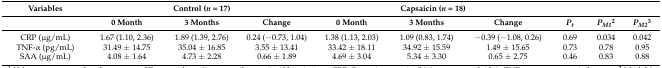
<table><thead><tr><td><b>Variables</b></td><td colspan="3"><b>Control (<i>n</i> = 17)</b></td><td colspan="3"><b>Capsaicin (<i>n</i> = 18)</b></td><td></td><td></td><td></td></tr><tr><td></td><td><b>0 Month</b></td><td><b>3 Months</b></td><td><b>Change</b></td><td><b>0 Month</b></td><td><b>3 Months</b></td><td><b>Change</b></td><td><b><i>P<sub>t</sub></i></b></td><td><b><i>P<sub>M1</sub></i><sup>2</sup></b></td><td><b><i>P<sub>M2</sub></i><sup>3</sup></b></td></tr></thead><tbody><tr><td>CRP (μg/mL)</td><td>1.67 (1.10, 2.36)</td><td>1.89 (1.39, 2.76)</td><td>0.24 (−0.73, 1.04)</td><td>1.38 (1.13, 2.03)</td><td>1.09 (0.83, 1.74)</td><td>−0.39 (−1.08, 0.26)</td><td>0.69</td><td>0.034</td><td>0.042</td></tr><tr><td>TNF-α (pg/mL)</td><td>31.49 ± 14.75</td><td>35.04 ± 16.85</td><td>3.55 ± 13.41</td><td>33.42 ± 18.11</td><td>34.92 ± 15.59</td><td>1.49 ± 15.65</td><td>0.73</td><td>0.78</td><td>0.95</td></tr><tr><td>SAA (μg/mL)</td><td>4.08 ± 1.64</td><td>4.73 ± 2.28</td><td>0.66 ± 1.89</td><td>4.69 ± 3.04</td><td>5.34 ± 3.30</td><td>0.65 ± 2.75</td><td>0.46</td><td>0.83</td><td>0.88</td></tr></tbody></table>